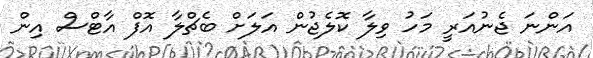
އަންނަ ޖެނުއަރީ މަހު ވިލާ ކޮލެޖުން އަލަށް ބެޗްލާ އޮފް އާޓްސް އިން